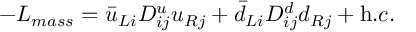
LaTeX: - { \cal L } _ { m a s s } = \bar { u } _ { L i } D _ { i j } ^ { u } u _ { R j } + \bar { d } _ { L i } D _ { i j } ^ { d } d _ { R j } + { \mathrm h . c . }